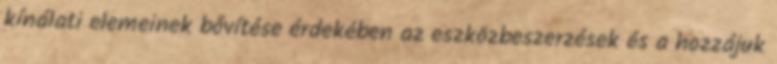
kínálati elemeinek bővítése érdekében az eszközbeszerzések és a hozzájuk